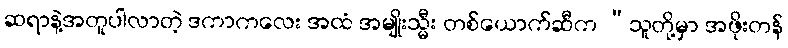
ဆရာနဲ့အတူပါလာတဲ့ ဒကာကလေး အထံ အမျိုးသ္မီး တစ်ယောက်ဆီက “သူတို့မှာ အဖိုးတန်